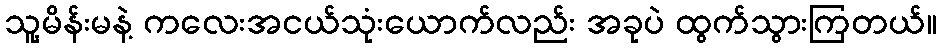
သူ့မိန်းမနဲ့ ကလေးအငယ်သုံးယောက်လည်း အခုပဲ ထွက်သွားကြတယ်။